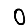
Digit: 0